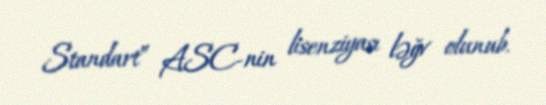
Standart” ASC-nin lisenziyası ləğv olunub.